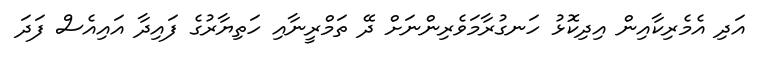
އަދި އެމެރިކާއިން އިދިކޮޅު ހަނގުރާމަވެރިންނަށް ދޭ ތަމްރީނާއި ހަތިޔާރުގެ ފައިދާ އައިއެސް ފަދަ